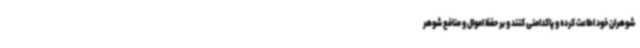
شوهران خود اطاعت کرده و پاکدامنی کنند و بر حفظ اموال و منافع شوهر